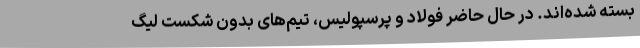
بسته شده‌اند. در حال حاضر فولاد و پرسپولیس، تیم‌های بدون شکست لیگ